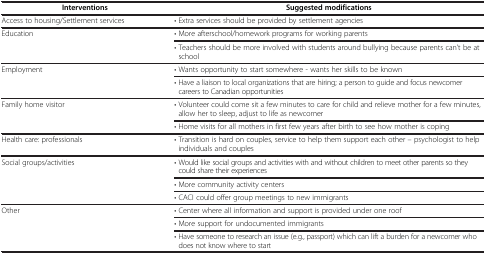
<table><thead><tr><td><b>Interventions</b></td><td><b>Suggested modifications</b></td></tr></thead><tbody><tr><td>Access to housing/Settlement services</td><td>• Extra services should be provided by settlement agencies</td></tr><tr><td rowspan="2">Education</td><td>• More afterschool/homework programs for working parents</td></tr><tr><td>• Teachers should be more involved with students around bullying because parents can’t be at school</td></tr><tr><td rowspan="2">Employment</td><td>• Wants opportunity to start somewhere - wants her skills to be known</td></tr><tr><td>• Have a liaison to local organizations that are hiring; a person to guide and focus newcomer careers to Canadian opportunities</td></tr><tr><td rowspan="2">Family home visitor</td><td>• Volunteer could come sit a few minutes to care for child and relieve mother for a few minutes, allow her to sleep, adjust to life as newcomer</td></tr><tr><td>• Home visits for all mothers in first few years after birth to see how mother is coping</td></tr><tr><td>Health care: professionals</td><td>• Transition is hard on couples, service to help them support each other – psychologist to help individuals and couples</td></tr><tr><td rowspan="3">Social groups/activities</td><td>• Would like social groups and activities with and without children to meet other parents so they could share their experiences</td></tr><tr><td>• More community activity centers</td></tr><tr><td>• CACI could offer group meetings to new immigrants</td></tr><tr><td rowspan="3">Other</td><td>• Center where all information and support is provided under one roof</td></tr><tr><td>• More support for undocumented immigrants</td></tr><tr><td>• Have someone to research an issue (e.g., passport) which can lift a burden for a newcomer who does not know where to start</td></tr></tbody></table>